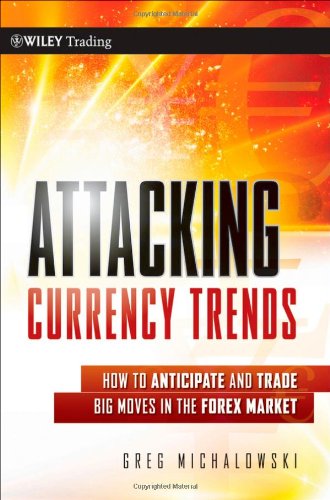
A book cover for Attacking Currency Trends: How to Anticipate and Trade Big Moves in the Forex Market; Greg Michalowski; Business & Money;